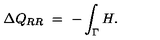
\Delta Q _ { R R } \ = \ - \int _ { \Gamma } H .